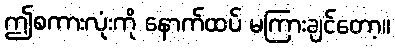
ဤစကားလုံးကို နောက်ထပ် မကြားချင်တော့။